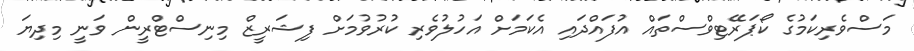
މަސްވެރިކަމުގެ ކޯޕަރޭޓިވްސްތައް އުފައްދައި އެކަމަށް އަހުލުވެރި ކުރުވުމަށް ފިޝަރީޒް މިނިސްޓްރީން ވަނީ މިދިޔަ